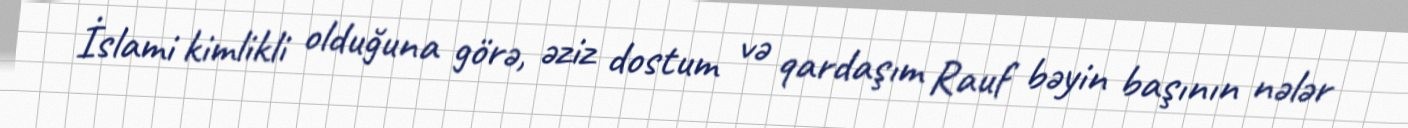
İslami kimlikli olduğuna görə, əziz dostum və qardaşım Rauf bəyin başının nələr